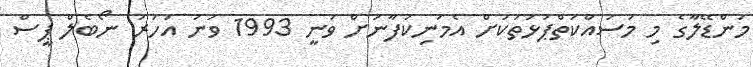
މަންޑޭލާގެ މި މަސައްކަތްޕުޅުތަކަށް އެމަނިކުފާނަށް ވަނީ 1993 ވަނަ އަހަރު ނޯބެލް ޕީސް